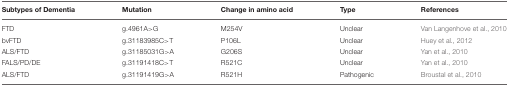
<table><thead><tr><td><b>Subtypes of Dementia</b></td><td><b>Mutation</b></td><td><b>Change in amino acid</b></td><td><b>Type</b></td><td><b>References</b></td></tr></thead><tbody><tr><td>FTD</td><td>g.4961A&gt;G</td><td>M254V</td><td>Unclear</td><td>Van Langenhove et al., 2010</td></tr><tr><td>bvFTD</td><td>g.31183985C&gt;T</td><td>P106L</td><td>Unclear</td><td>Huey et al., 2012</td></tr><tr><td>ALS/FTD</td><td>g.31185031G&gt;A</td><td>G206S</td><td>Unclear</td><td>Yan et al., 2010</td></tr><tr><td>FALS/PD/DE</td><td>g.31191418C&gt;T</td><td>R521C</td><td>Unclear</td><td>Yan et al., 2010</td></tr><tr><td>ALS/FTD</td><td>g.31191419G&gt;A</td><td>R521H</td><td>Pathogenic</td><td>Broustal et al., 2010</td></tr></tbody></table>